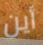
أين